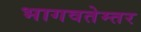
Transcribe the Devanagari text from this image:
भागवतेम्तर